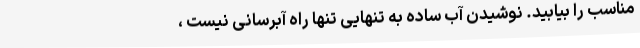
مناسب را بیابید. نوشیدن آب ساده به تنهایی تنها راه آبرسانی نیست ،